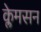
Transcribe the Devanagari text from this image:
क्लेमसन